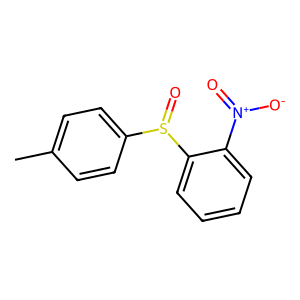
SMILES: Cc1ccc(S(=O)c2ccccc2[N+](=O)[O-])cc1
Inhibits HIV replication: Yes